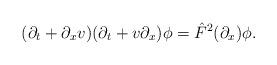
LaTeX: \begin{align*}(\partial_t+\partial_x v)(\partial_t+v\partial_x)\phi=\hat{F}^2(\partial_x)\phi.\end{align*}